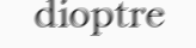
dioptre